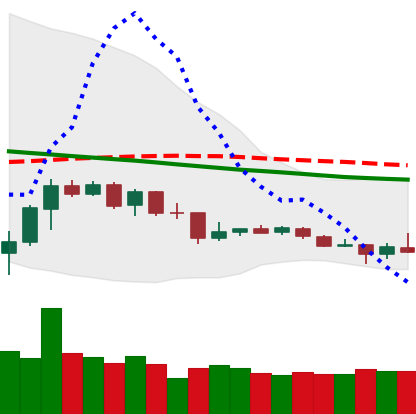
Ticker: TRX-USD
Chart end date: 2019-12-14
Forward return: -6.197%
Label: down_5_7